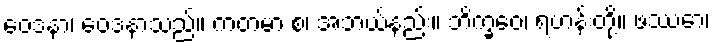
ဝေဒနာ၊ ဝေဒနာသည်။ ကတမာ စ၊ အဘယ်နည်း။ ဘိက္ခဝေ၊ ရဟန်းတို့။ ဖဿော၊